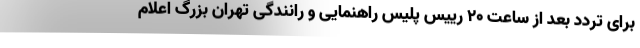
برای تردد بعد از ساعت ۲۰ رییس پلیس راهنمایی و رانندگی تهران بزرگ اعلام